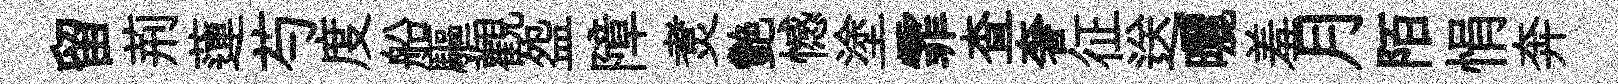
留荊蓮芍度船驅觀盌障煑艷憾塗霏查奢征送曬羞月陌悁奔